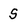
Character: S